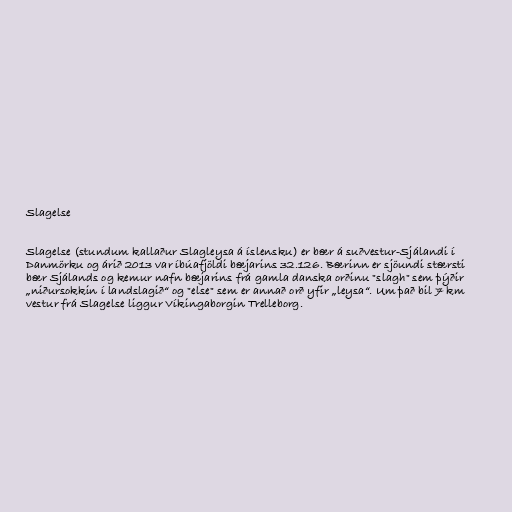
Slagelse

Slagelse (stundum kallaður Slagleysa á íslensku) er bær á suðvestur-Sjálandi í
Danmörku og árið 2013 var íbúafjöldi bæjarins 32.126. Bærinn er sjöundi stærsti
bær Sjálands og kemur nafn bæjarins frá gamla danska orðinu "slagh" sem þýðir
„niðursokkin í landslagið“ og "else" sem er annað orð yfir „leysa“. Um það bil 7 km
vestur frá Slagelse liggur Víkingaborgin Trelleborg.